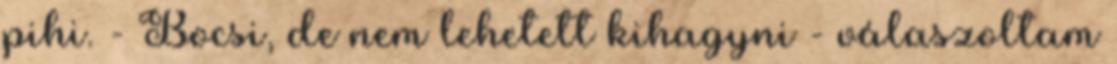
pihi. - Bocsi, de nem lehetett kihagyni - válaszoltam